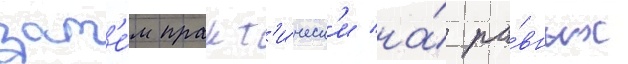
зат'е́м практ'и́ческ'и на́ ра́вных